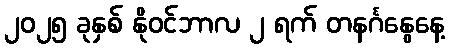
၂၀၂၅ ခုနှစ် နိုဝင်ဘာလ ၂ ရက် တနင်္ဂနွေနေ့